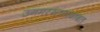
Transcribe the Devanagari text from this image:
उगमस्थानाबाबत